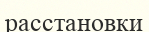
расстановки